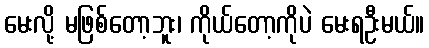
မေးလို့ မဖြစ်တော့ဘူး၊ ကိုယ်တော့ကိုပဲ မေးရဦးမယ်။